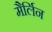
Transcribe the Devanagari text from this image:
मैर्लिन